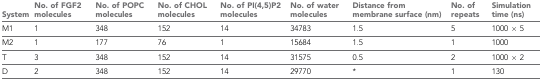
| System | No. of FGF2 molecules | No. of POPC molecules | No. of CHOL molecules | No. of PI(4,5)P2 molecules | No. of water molecules | Distance from membrane surface (nm) | No. of repeats | Simulation time (ns) |
 | --- | --- | --- | --- | --- | --- | --- | --- | --- |
 | M1 | 1 | 348 | 152 | 14 | 34783 | 1.5 | 5 | 1000 × 5 |
 | M2 | 1 | 177 | 76 | 1 | 15684 | 1.5 | 1 | 1000 |
 | T | 3 | 348 | 152 | 14 | 31575 | 0.5 | 2 | 1000 × 2 |
 | D | 2 | 348 | 152 | 14 | 29770 | * | 1 | 130 |